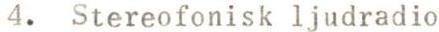
4. Stereofonisk ljudradio